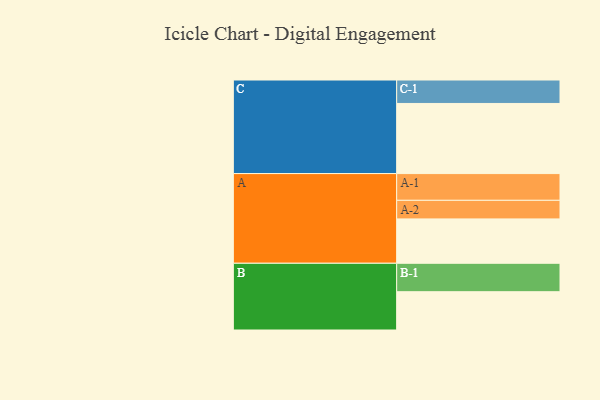
{"axis": {"x": "Segment", "y": "Value"}, "legend": ["", "A", "B", "C"], "data": [{"x": "A", "y": 365, "type": ""}, {"x": "B", "y": 315, "type": ""}, {"x": "C", "y": 577, "type": ""}, {"x": "A-1", "y": 220, "type": "A"}, {"x": "A-2", "y": 153, "type": "A"}, {"x": "B-1", "y": 234, "type": "B"}, {"x": "C-1", "y": 193, "type": "C"}]}